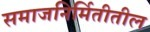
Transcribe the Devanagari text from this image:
समाजनिर्मितीतील